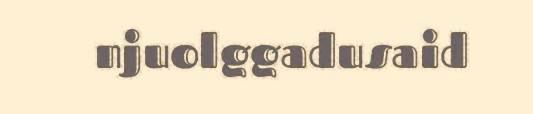
njuolggadusaid